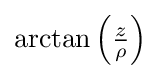
{\textstyle \arctan \left({\frac {z}{\rho }}\right)}